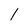
Character: 1